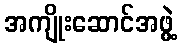
အကျိုးဆောင်အဖွဲ့